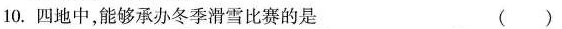
10.四地中，能够承办冬季滑雪比赛的是 ( )